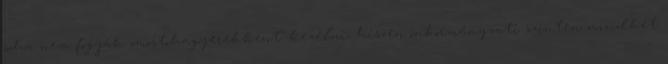
soha nem fogják „mostohagyerekként” kezelni, hiszen önkormányzati szinten mindkét